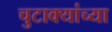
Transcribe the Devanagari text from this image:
चुटाक्यांच्या